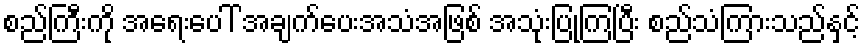
စည်ကြီးကို အရေးပေါ် အချက်ပေးအသံအဖြစ် အသုံးပြုကြပြီး စည်သံကြားသည်နှင့်